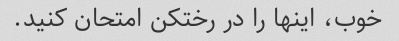
خوب، اینها را در رختکن امتحان کنید.